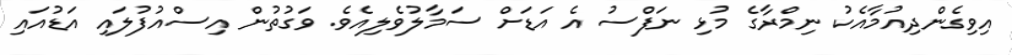
އިވިގެންދިއުމާއެކު ނިމްރާގެ މުޅި ނަފްސު އެ އަޑަށް ސަމާލުވެލިއެވެ. ވަގުތުން އިސްއުފުލައި އަޑުއައި